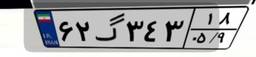
۱۵گ۲۱۷۴۴